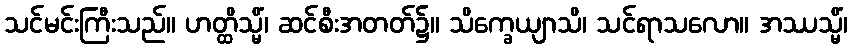
သင်မင်းကြီးသည်။ ဟတ္ထိသ္မိံ၊ ဆင်စီးအတတ်၌။ သိက္ခေယျာသိ၊ သင်ရာသလော။ အဿသ္မိံ၊